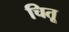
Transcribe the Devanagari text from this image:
चितू